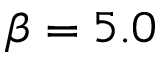
\beta = 5 . 0